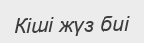
Кіші жүз биі